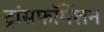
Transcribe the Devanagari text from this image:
ट्रांसफॉर्मेशन